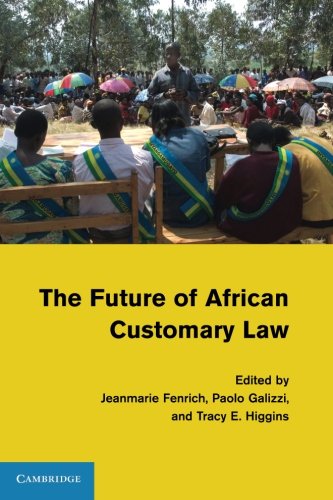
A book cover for The Future of African Customary Law; Law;